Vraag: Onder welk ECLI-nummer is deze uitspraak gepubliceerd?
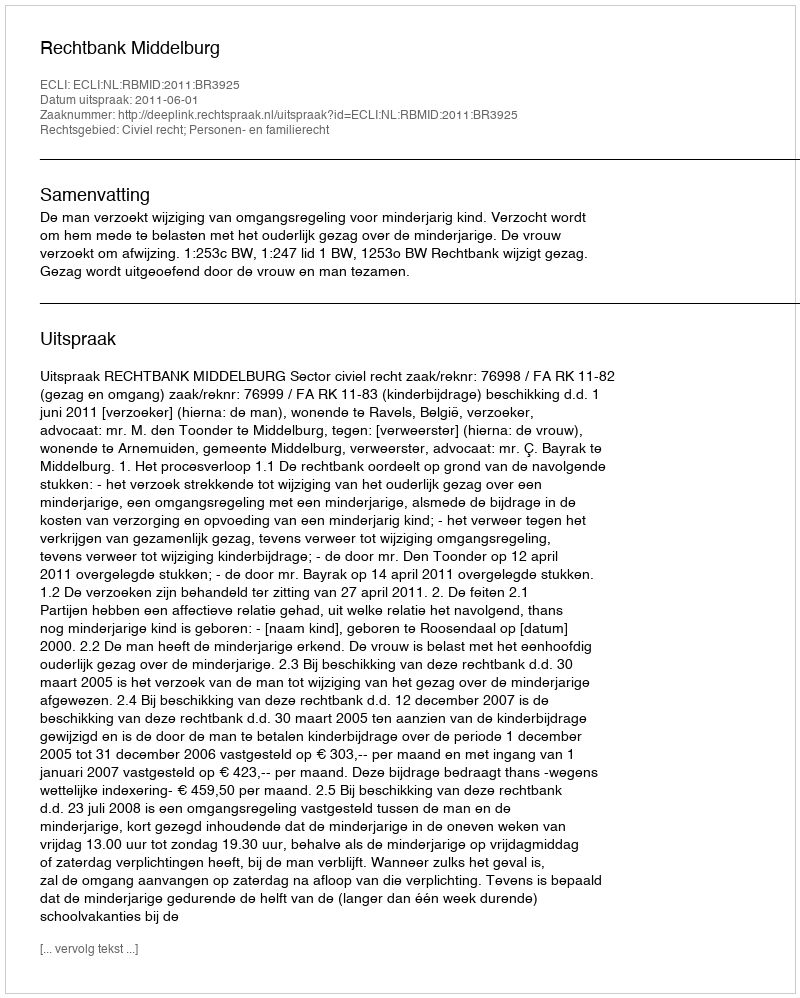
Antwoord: ECLI:NL:RBMID:2011:BR3925